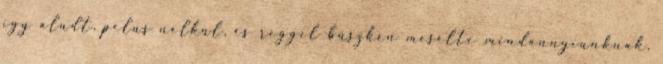
így aludt, pelus nélkül, és reggel büszkén mesélte mindannyiunknak,